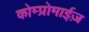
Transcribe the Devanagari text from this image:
कोम्प्रोमाईज़